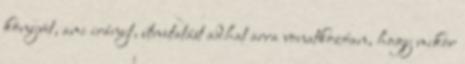
könyvet, ami irányt, útmutatást adhat arra vonatkozóan, hogy mikor